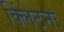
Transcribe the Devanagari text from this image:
क्लिंटनः